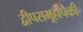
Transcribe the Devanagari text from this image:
द्वीपसमूहांपैकी